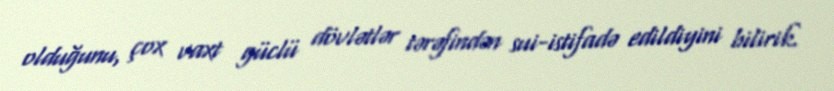
olduğunu, çox vaxt güclü dövlətlər tərəfindən sui-istifadə edildiyini bilirik.